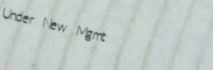
Under New Mgmt